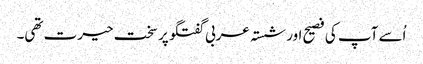
اُسے آپ کی فصیح اور شستہ عربی گفتگو پر سخت حیرت تھی۔